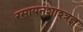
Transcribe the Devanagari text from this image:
रसायनशाश्त्रज्ञ